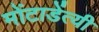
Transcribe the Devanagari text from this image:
मोंटाडेंत्यी